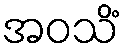
အဝသိံ